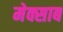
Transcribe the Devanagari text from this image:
मेक्साब